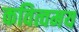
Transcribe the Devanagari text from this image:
कवित्वमय